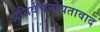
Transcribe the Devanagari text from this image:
अनिर्वचनोयतावाद